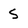
Character: s